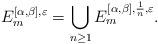
LaTeX: \begin{align*} {E_{m}^{[\alpha,\beta],\varepsilon}=\bigcup_{n\geq 1}E_{m}^{[\alpha,\beta],\frac{1}{n},\varepsilon}} .\end{align*}